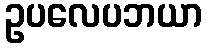
ဥပလေပဘယာ